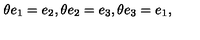
\theta e _ { 1 } = e _ { 2 } , \theta e _ { 2 } = e _ { 3 } , \theta e _ { 3 } = e _ { 1 } ,